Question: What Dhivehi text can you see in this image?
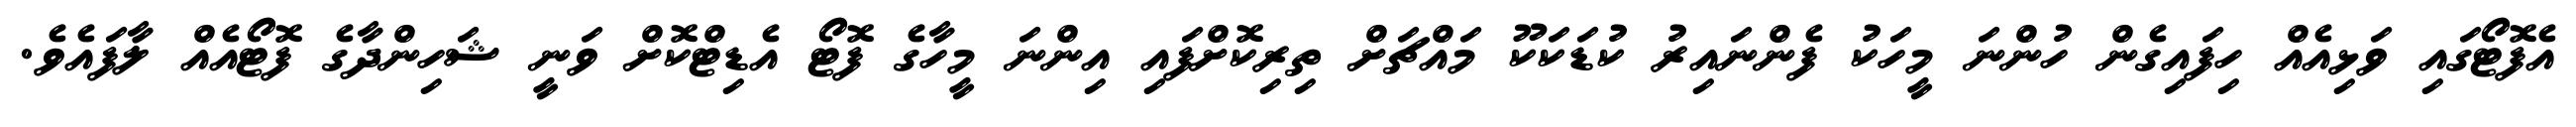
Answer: އެފޮޓޯގައި ވަޅިއެއް ހިފައިގެން ހުންނަ މީހަކު ފެންނައިރު ކުޑަކަކޫ މައްޗަށް ތިރިކޮށްފައި އިންނަ މީހާގެ ފޮޓޯ އެޑިޓްކޮށް ވަނީ ޝަހިންދާގެ ފޮޓޯއެއް ލާފައެވެ.